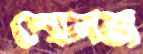
স্মেলজ